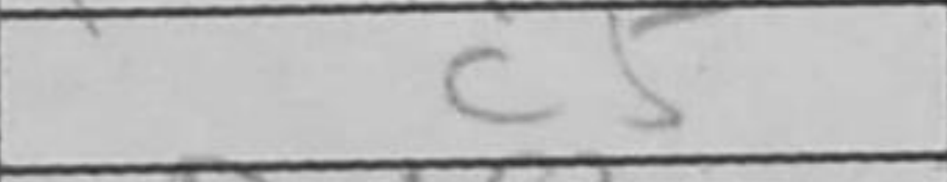
Transcription: c5